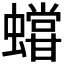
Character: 𧒩